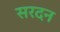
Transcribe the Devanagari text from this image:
सरदन